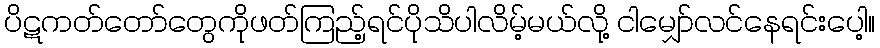
ပိဋကတ်တော်တွေကိုဖတ်ကြည့်ရင်ပိုသိပါလိမ့်မယ်လို့ ငါမျှော်လင်နေရင်းပေါ့။